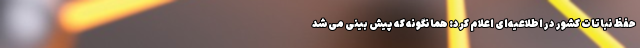
حفظ نباتات کشور در اطلاعیه‌ای اعلام کرد: همانگونه که پیش بینی می‌شد